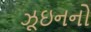
ઝૂઇનનો